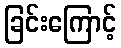
ခြင်းကြောင့်